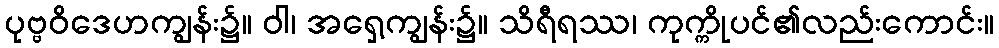
ပုဗ္ဗဝိဒေဟကျွန်း၌။ ဝါ၊ အရှေ့ကျွန်း၌။ သိရီရဿ၊ ကုက္ကိုပင်၏လည်းကောင်း။